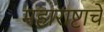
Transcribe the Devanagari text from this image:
महाराष्टाचे